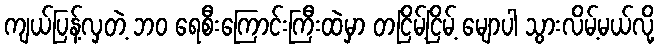
ကျယ်ပြန့်လှတဲ့ ဘဝ ရေစီးကြောင်းကြီးထဲမှာ တငြိမ့်ငြိမ့် မျောပါ သွားလိမ့်မယ်လို့